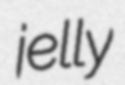
jelly